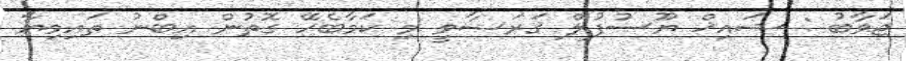
ޖަވާބު : ޝައިޚް ޔޫސުފުލް ޤަރަޟާވީ މި ކަމާބެހޭ ގޮތުން އިބްނު ތައިމިޔާ